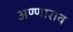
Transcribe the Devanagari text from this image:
अण्णाराव